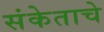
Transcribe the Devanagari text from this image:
संकेताचे